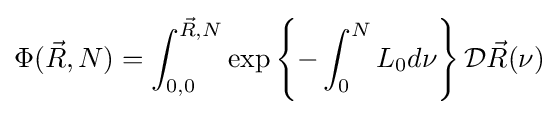
\Phi ({\vec {R}},N)=\int _{0,0}^{{\vec {R}},N}\exp \left\{-\int _{0}^{N}L_{0}d\nu \right\}{\mathcal {D}}{\vec {R}}(\nu )